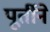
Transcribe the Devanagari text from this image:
पूर्तीने